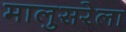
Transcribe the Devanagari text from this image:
मालुसरेला